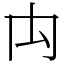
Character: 禸